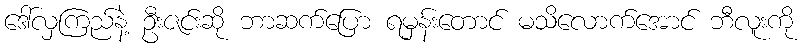
ဒေါ်လှကြည်နဲ့ ဦးဇင်းဆို ဘာဆက်ပြော ရမှန်းတောင် မသိလောက်အောင် ဘီလူးကို